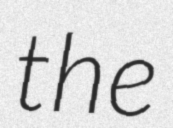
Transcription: the